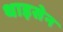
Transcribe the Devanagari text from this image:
थाइसेन